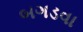
બગડવા